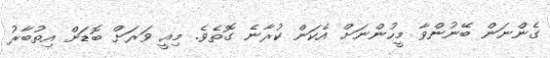
ގެންނަން ބޭނުންވާ މީހުންނަށް އެކަން ކުރާނެ ގޮތެވެ. މިއީ ވަރަށް ބޮޑަށް އިތުބާރު